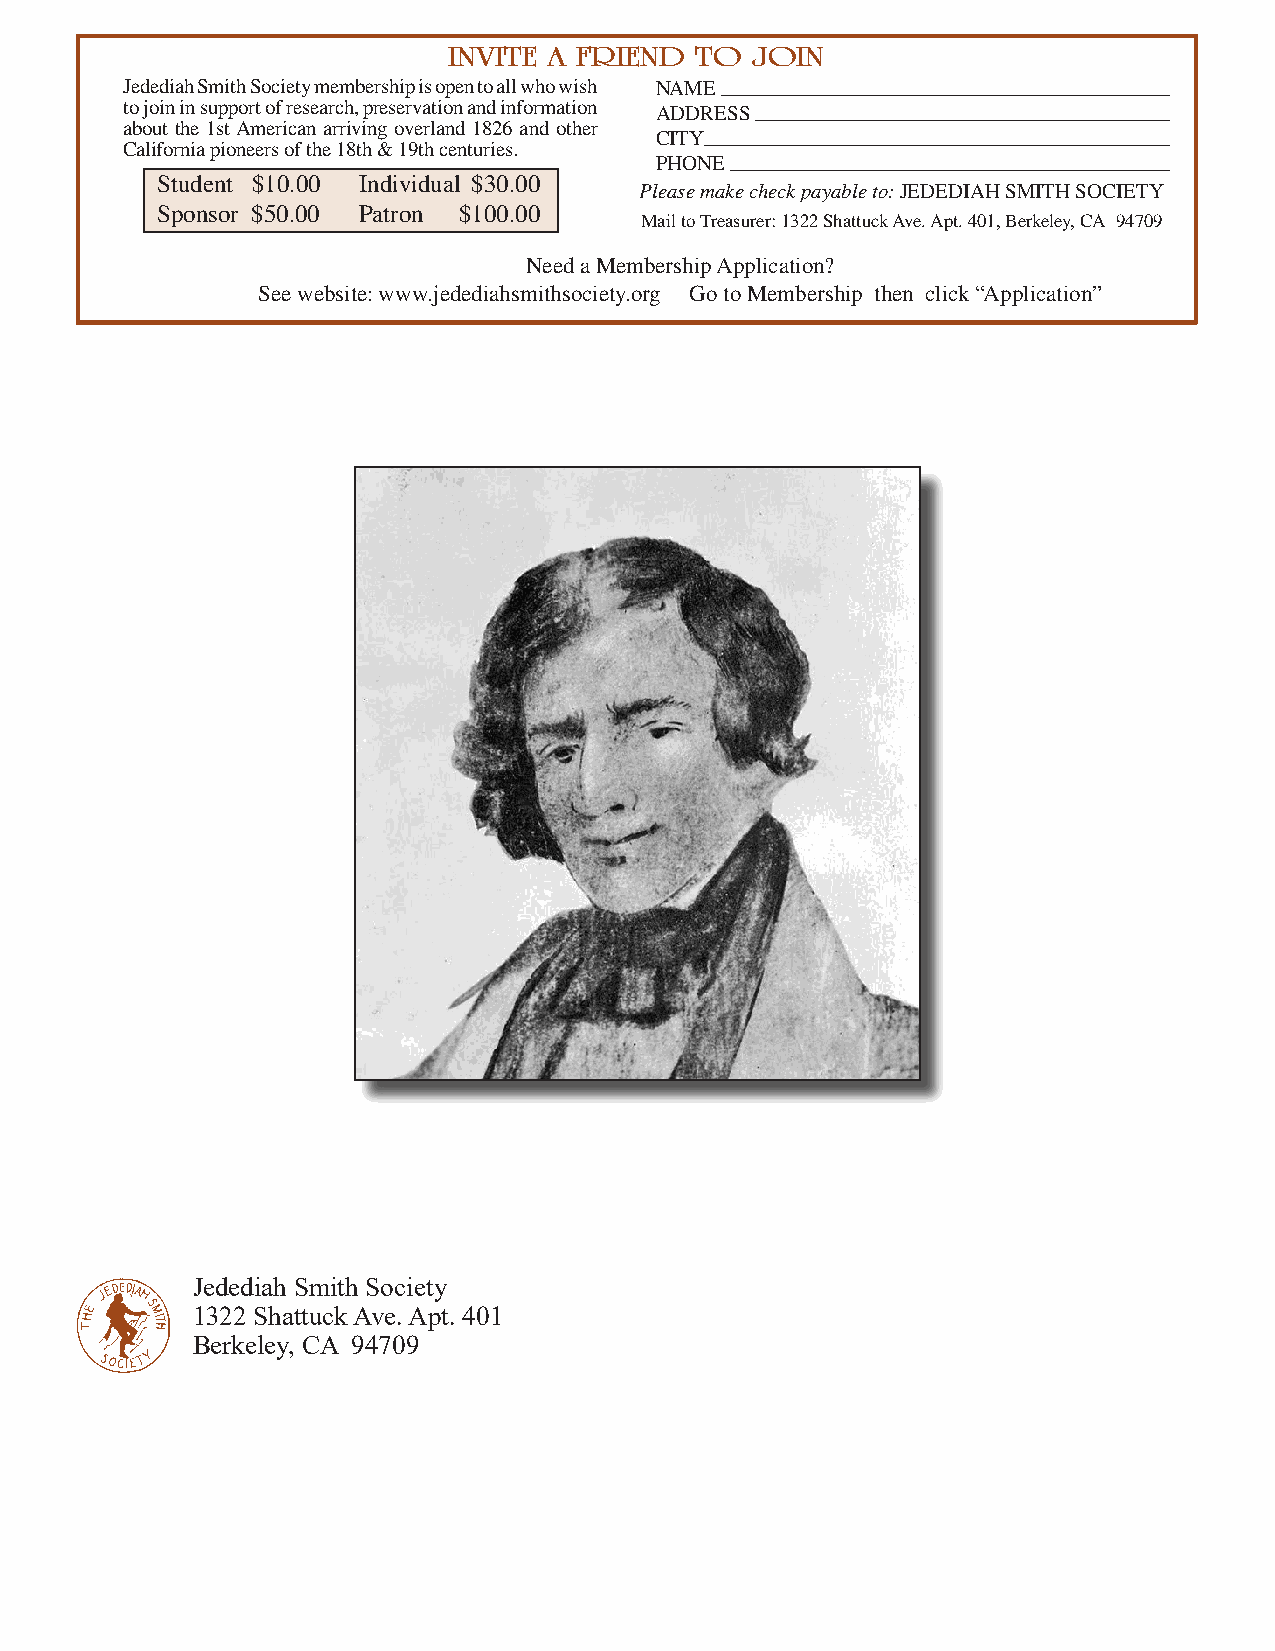
INVITE A FRIEND TO  JOIN
 Jedediah Smith Society membership is open to all who wish NAME
 to join in support of research, preservation and information ADDRESS
 about the 1st American arriving overland 1826 and other
 CITY
 C alifornia pioneers of the 18th & 19th centuries.
 PHONE
 Student $10.00 Individual $30.00
 Please make check payable to: JEDEDIAH SMITH SOCIETY
 Sponsor $50.00 Patron $100.00
 Mail to Treasurer: 1322 Shattuck Ave. Apt. 401, Berkeley, CA 94709
 Need a Membership Application?
 See website: www.jedediahsmithsociety.org Go to Membership then click “Application”
 Jedediah Smith Society
 1322 Shattuck Ave. Apt. 401
 Berkeley, CA 94709